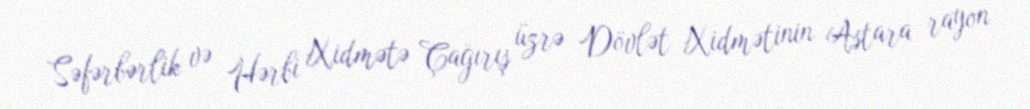
Səfərbərlik və Hərbi Xidmətə Çağırış üzrə Dövlət Xidmətinin Astara rayon